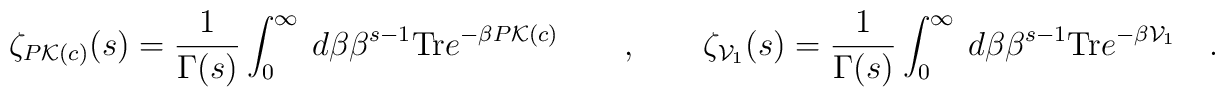
\zeta_{P{\cal K}(c)}(s)=\frac{1}{\Gamma (s)}\int_0^\infty\ d\beta\beta^{s-1}{\rm Tr}e^{-\beta P{\cal K}(c)}\qquad , \qquad\zeta_{{\cal V}_1}(s)=\frac{1}{\Gamma (s)}\int_0^\infty\ d\beta\beta^{s-1}{\rm Tr}e^{-\beta {\cal V}_1}\quad .